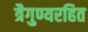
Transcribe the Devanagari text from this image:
त्रैगुण्यरहित